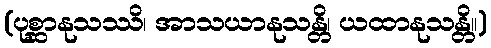
(ပုစ္ဆာနုသဿိ၊ အာသယာနုသန္တိ၊ ယထာနုသန္တိ။)